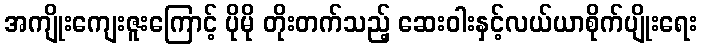
အကျိုးကျေးဇူးကြောင့် ပိုမို တိုးတက်သည့် ဆေးဝါးနှင့်လယ်ယာစိုက်ပျိုးရေး